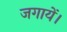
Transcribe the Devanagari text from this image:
जगायें।